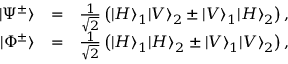
\begin{array} { r l r } { | \Psi ^ { \pm } \rangle } & { = } & { \frac { 1 } { \sqrt { 2 } } \left( | H \rangle _ { 1 } | V \rangle _ { 2 } \pm | V \rangle _ { 1 } | H \rangle _ { 2 } \right) , } \\ { | \Phi ^ { \pm } \rangle } & { = } & { \frac { 1 } { \sqrt { 2 } } \left( | H \rangle _ { 1 } | H \rangle _ { 2 } \pm | V \rangle _ { 1 } | V \rangle _ { 2 } \right) , } \end{array}